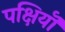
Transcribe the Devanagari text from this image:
पक्षियॊं